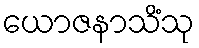
ယောဇနာသိံသု